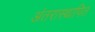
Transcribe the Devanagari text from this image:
अंतरास्थापित